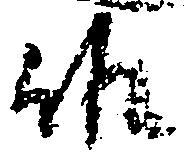
候